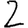
Digit: 2